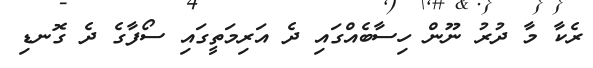
ރެކާ މާ ދުރު ނޫން ހިސާބެއްގައި ދެ އަރިމަތީގައި ސޯފާގެ ދެ ގޮނޑި